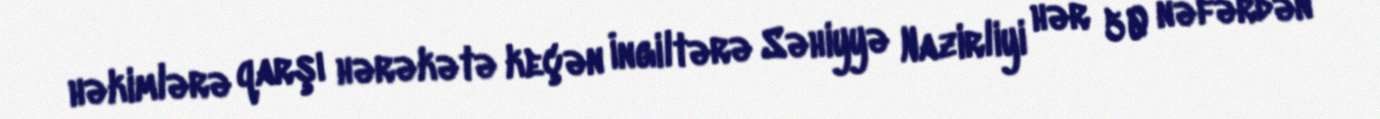
həkimlərə qarşı hərəkətə keçən İngiltərə Səhiyyə Nazirliyi hər 50 nəfərdən